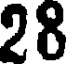
28